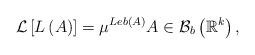
LaTeX: \begin{align*}\mathcal{L}\left[ L\left( A\right) \right] =\mu ^{Leb\left( A\right) }A\in \mathcal{B}_{b}\left( \mathbb{R}^{k}\right) , \end{align*}